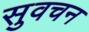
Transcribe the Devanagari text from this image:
सुवचन